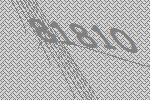
81810